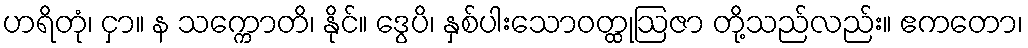
ဟရိတုံ၊ ငှာ။ န သက္ကောတိ၊ နိုင်။ ဒွေပိ၊ နှစ်ပါးသောဝတ္ထုဩဇာ တို့သည်လည်း။ ဧကတော၊